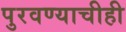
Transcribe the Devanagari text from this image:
पुरवण्याचीही